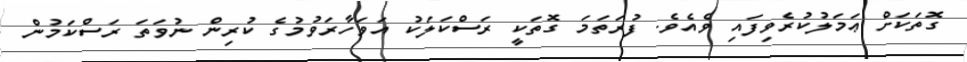
ގޮތަކަށް ޢަމަލުކުރެވިފައި ވެއެވެ. ފުރަތަމަ ގޮތަކީ ރަސްކަލަކު އަވަހާރަވުމުގެ ކުރިން ނުވަތަ ރަސްކަމުން